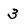
Character: 3